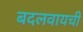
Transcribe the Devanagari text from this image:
बदलवायची